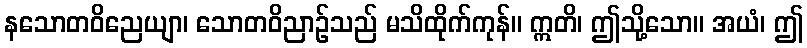
နသောတဝိညေယျာ၊ သောတဝိညာဉ်သည် မသိထိုက်ကုန်။ ဣတိ၊ ဤသို့သော။ အယံ၊ ဤ